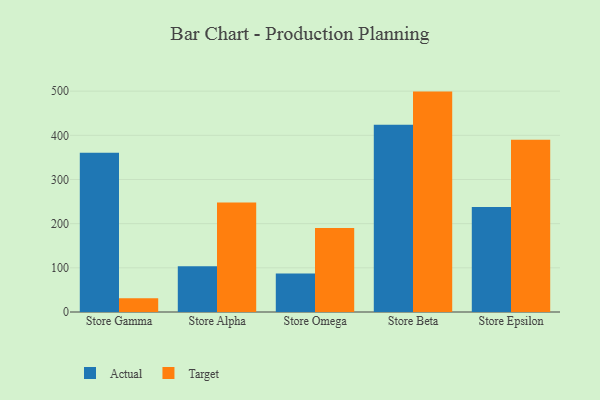
{"axis": {"x": "Store", "y": "Website Visitors"}, "legend": ["Actual", "Target"], "data": [{"x": "Store Gamma", "y": 360.6, "type": "Actual"}, {"x": "Store Gamma", "y": 31.2, "type": "Target"}, {"x": "Store Alpha", "y": 103.3, "type": "Actual"}, {"x": "Store Alpha", "y": 248.1, "type": "Target"}, {"x": "Store Omega", "y": 87.1, "type": "Actual"}, {"x": "Store Omega", "y": 190.0, "type": "Target"}, {"x": "Store Beta", "y": 424.2, "type": "Actual"}, {"x": "Store Beta", "y": 499.0, "type": "Target"}, {"x": "Store Epsilon", "y": 237.5, "type": "Actual"}, {"x": "Store Epsilon", "y": 390.2, "type": "Target"}]}